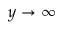
y \rightarrow \infty